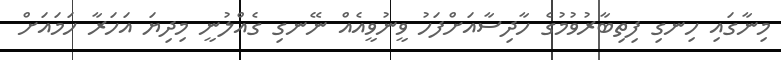
މިނާގައި ހިނގި ފިތިބާރުވުމުގެ ހާދިސާއަށްފަހު ވީނުވީއެއް ނޭނގި ގެއްލުނީ މިދިޔަ އަހަރާ ހަމައަށް